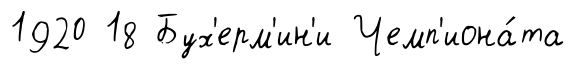
1920 18 Бух'ерм'ин'и Чемп'иона́та